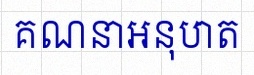
គណនាអនុបាត